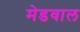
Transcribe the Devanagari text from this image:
मेडवाल